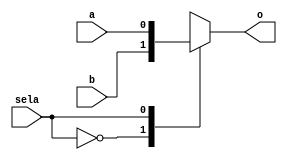
module atmux1 (a, b, sela, o);

input   a,
        b,
        sela;

output  o;

// K-micro mux instant
/*
wire    o;
assign  o = sela ? a : b;
*/
reg     o;
always @(sela or a or b)
    begin
    case (sela) // synopsys infer_mux
        1'b0: o = b;
        1'b1: o = a;
    endcase
    end

endmodule